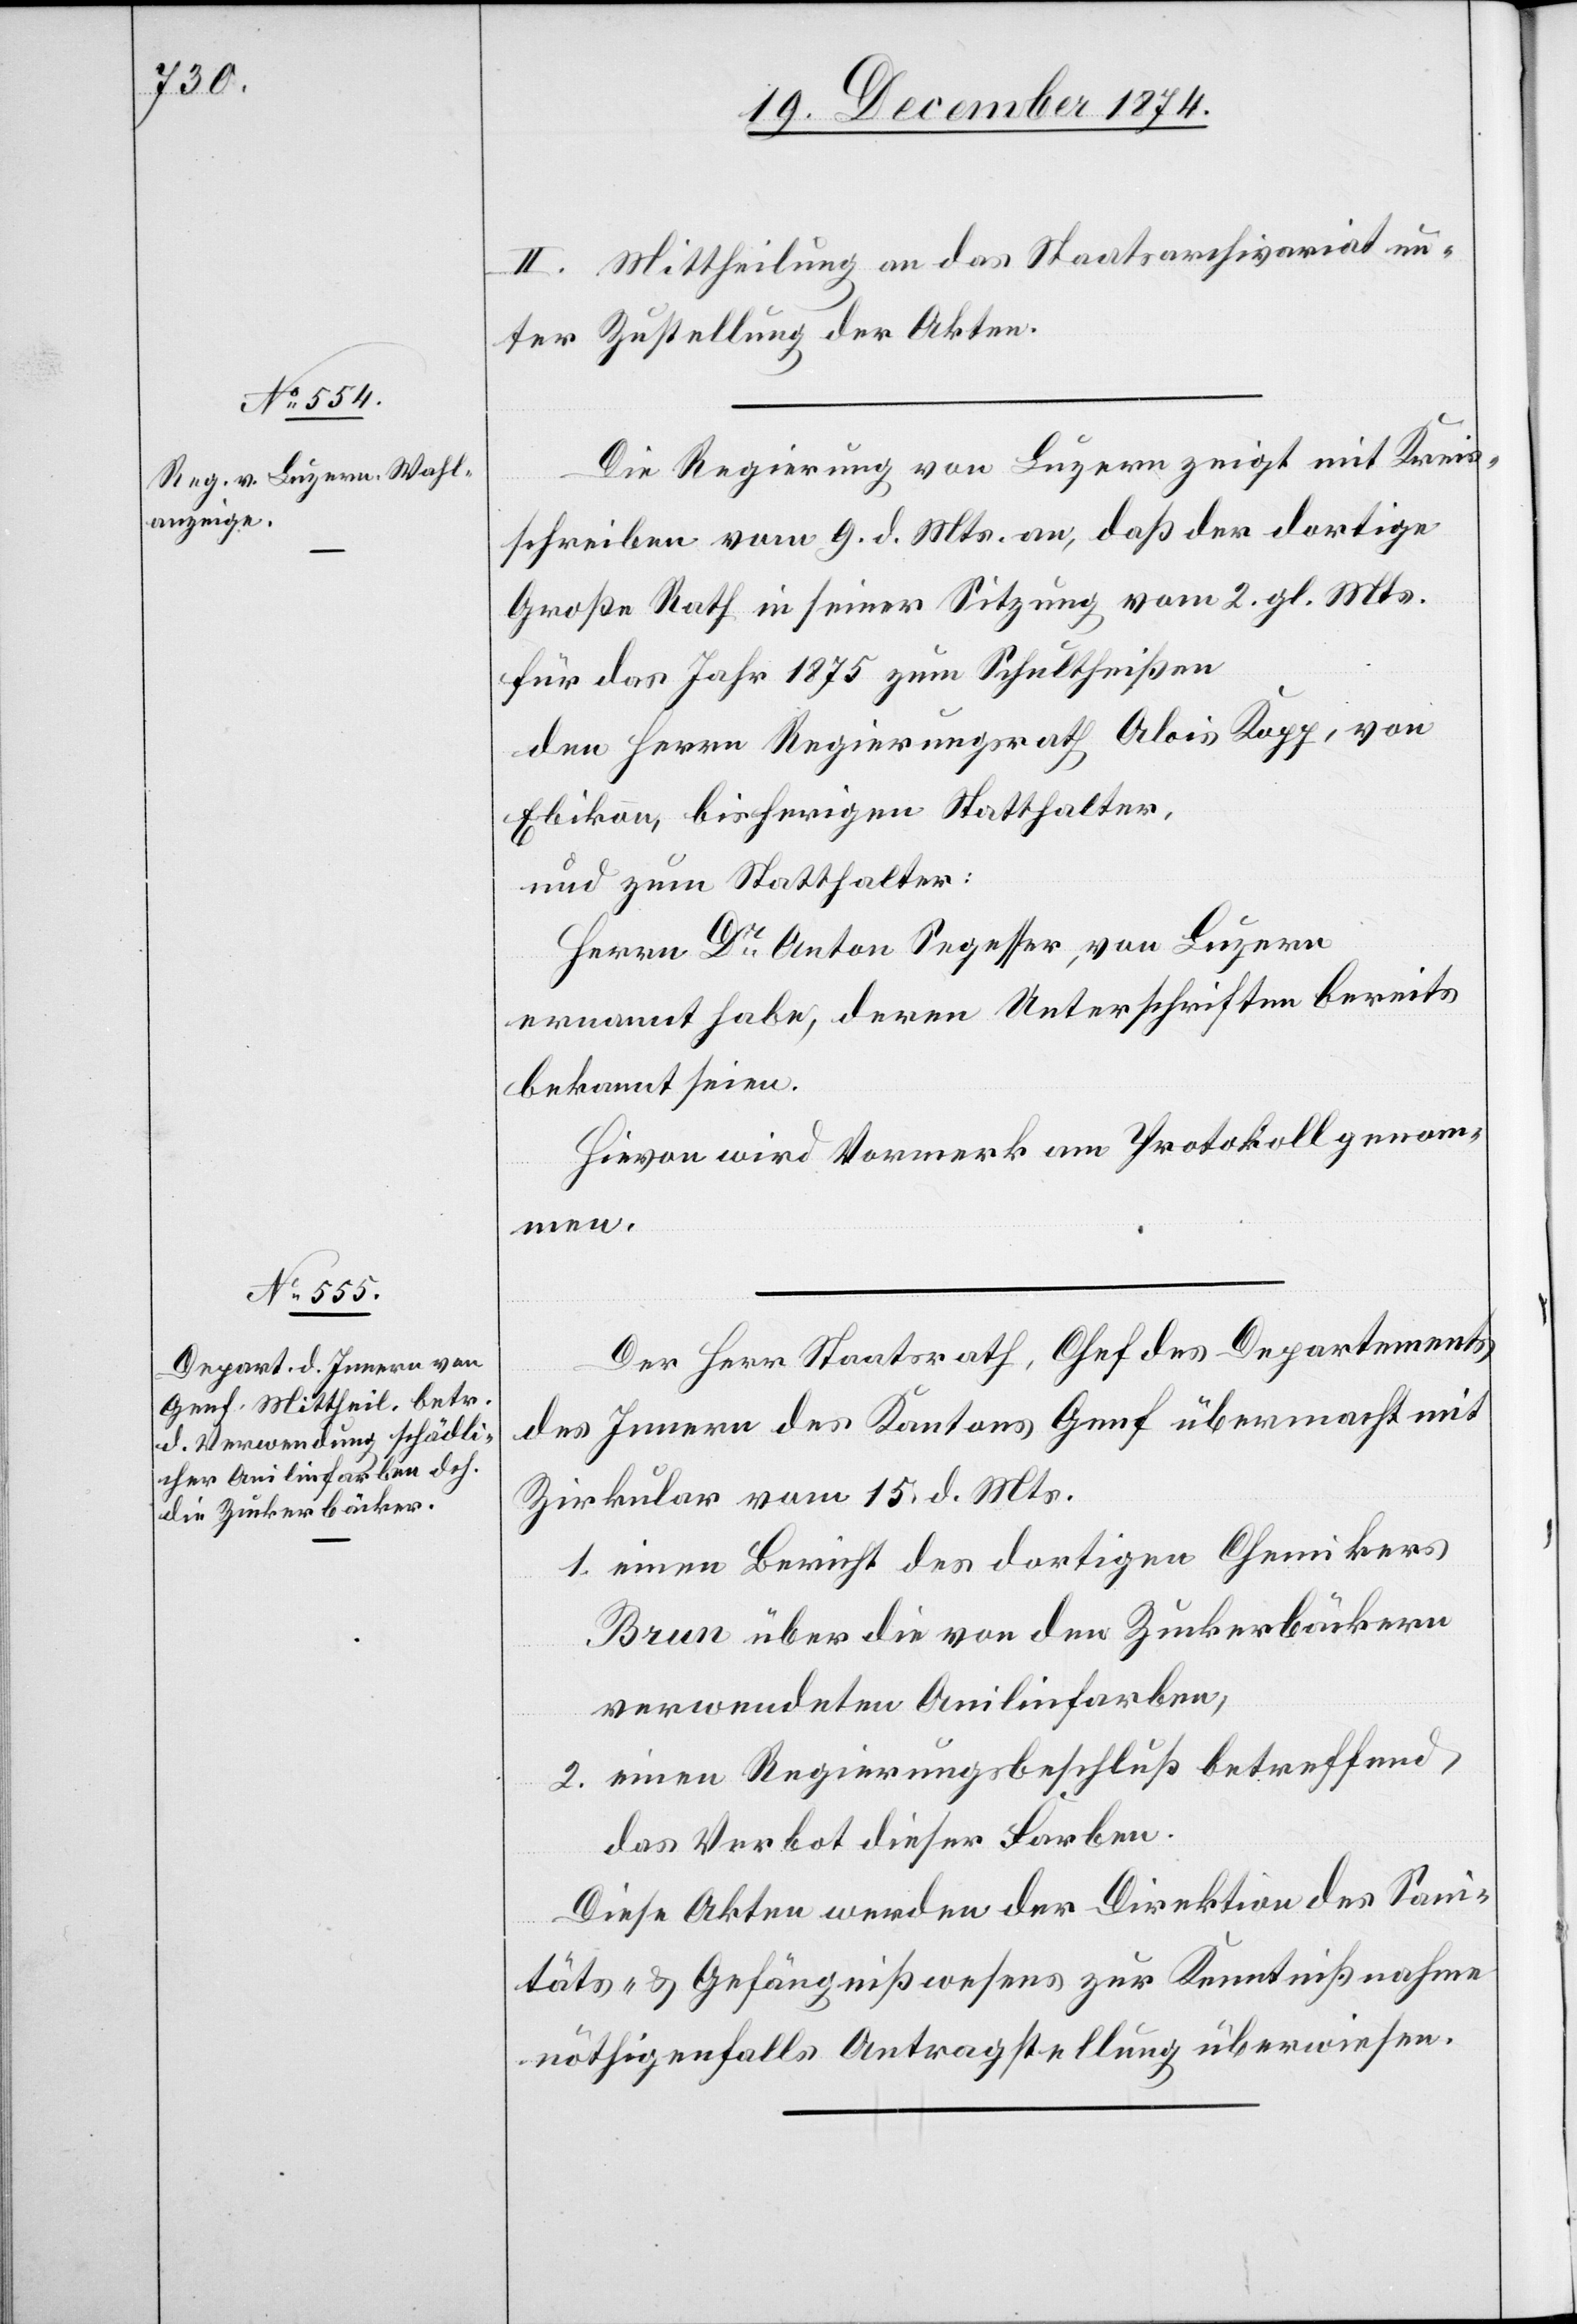
II. Mittheilung an das Staatsarchivariat un¬
ter Zustellung der Akten.
Die Regierung von Luzern zeigt mit Kreis¬
schreiben vom 9. d. Mts. an, daß der dortige
Große Rath in seiner Sitzung vom 2. gl. Mts.
für das Jahr 1875 zum Schultheißen
den Herrn Regierungsrath Alois Kopp, von
Ebikon, bisherigen Statthalter,
und zum Statthalter:
Herrn Dr Anton Segesser, von Luzern
ernannt habe, deren Unterschriften bereits
bekannt seien.
Hievon wird Vormerk am Protokoll genom¬
men.
Der Herr Staatsrath, Chef des Departements
des Innern des Kantons Genf übermacht mit
Zirkular vom 15. d. Mts.
1. einen Bericht des dortigen Chemikers
Brun über die von den Zuckerbäckern
verwendeten Anilinfarben,
2. einen Regierungsbeschluß betreffend
das Verbot dieser Farben.
Diese Akten werden der Direktion des Sani¬
täts- & Gefängnißwesens zur Kenntnißnahme
nöthigenfalls Antragstellung überwiesen.